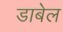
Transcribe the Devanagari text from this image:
डाबेल